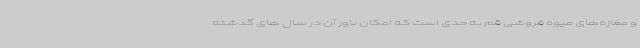
و مغازه‌های میوه فروشی قم به حدی است که امکان باور آن در سال های گذشته